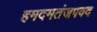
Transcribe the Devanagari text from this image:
हमदमतंजपवद